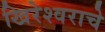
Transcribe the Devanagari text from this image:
खिरेश्वराचे